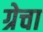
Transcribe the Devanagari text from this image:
ग्रेचा